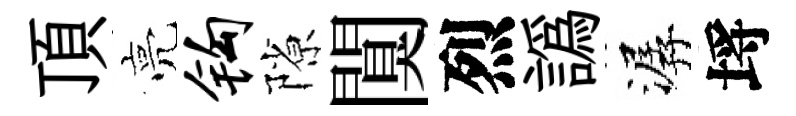
頂亮钩隙闃烈譌潺埓